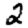
Digit: 2